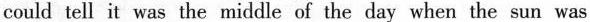
could tell it was the middle of the day when the sun was